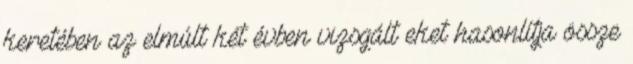
keretében az elmúlt két évben vizsgált eket hasonlítja össze